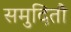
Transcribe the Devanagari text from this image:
समुदितौ